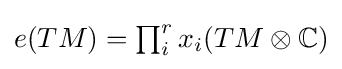
{\textstyle e(TM)=\prod _{i}^{r}x_{i}(TM\otimes \mathbb {C} )}